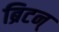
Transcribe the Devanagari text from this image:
ब्रिटन्